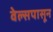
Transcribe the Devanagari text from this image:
वेल्सपासून